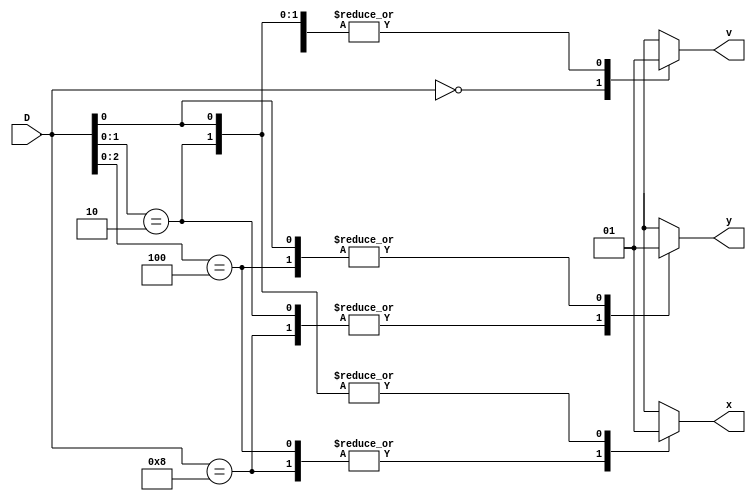
`timescale 1ns / 1ps
//////////////////////////////////////////////////////////////////////////////////
// Company: 
// Engineer: 
// 
// Design Name: 
// Module Name: priority_encoder
// Project Name: 
// Target Devices: 
// Tool Versions: 
// Description: 
// 
// Dependencies: 
// 
// Revision:
// Revision 0.01 - File Created
// Additional Comments:
// 
//////////////////////////////////////////////////////////////////////////////////


module priority_encoder(D, x, y,v);

input [3:0] D;
output reg x,y,v;


always@(*)

begin

    casex (D[3:0])
    
    4'b0000 : begin x=1'bx; y=1'bx; v=1'b0; end
    4'b1000 : begin x=1'b0; y=1'b0; v=1'b1; end
    4'bx100 : begin x=1'b0; y=1'b1; v=1'b1; end
    4'bxx10 : begin x=1'b1; y=1'b0; v=1'b1; end
    4'bxxx1 : begin x=1'b1; y=1'b1; v=1'b1; end
    
    default : begin x=1'bx; y=1'bx; v=1'bx; end

    endcase
    

end




endmodule